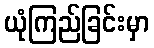
ယုံကြည်ခြင်းမှာ